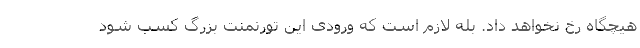
هیچگاه رخ نخواهد داد. بله لازم است که ورودی این تورنمنت بزرگ کسب شود